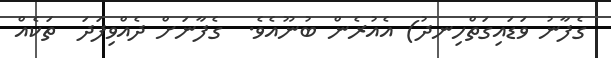
ގެފާނު ވަޑައިގަތްހިނދު) އެއުރެން ބުނޫއެވެ.  ގެފާނަށް ދެއްވިފަދަ  ތަކެއް